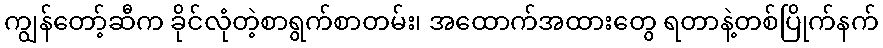
ကျွန်တော့်ဆီက ခိုင်လုံတဲ့စာရွက်စာတမ်း၊ အထောက်အထားတွေ ရတာနဲ့တစ်ပြိုက်နက်